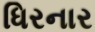
ધિરનાર